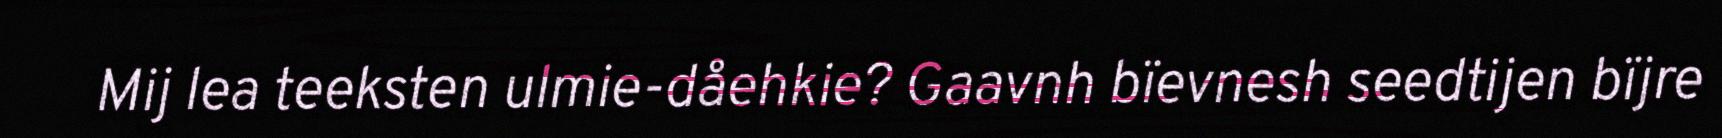
Mij lea teeksten ulmie-dåehkie? Gaavnh bïevnesh seedtijen bïjre